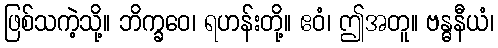
ဖြစ်သကဲ့သို့။ ဘိက္ခဝေ၊ ရဟန်းတို့။ ဧဝံ၊ ဤအတူ။ ဗန္ဓနီယံ၊